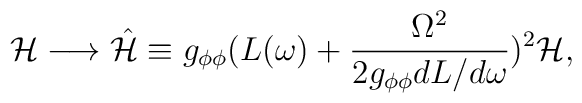
{\cal H}\longrightarrow\hat{{\cal H}}\equiv g_{\phi\phi}(L(\omega)+\frac{\Omega^2}{2g_{\phi\phi}dL/d\omega})^2 {\cal H},